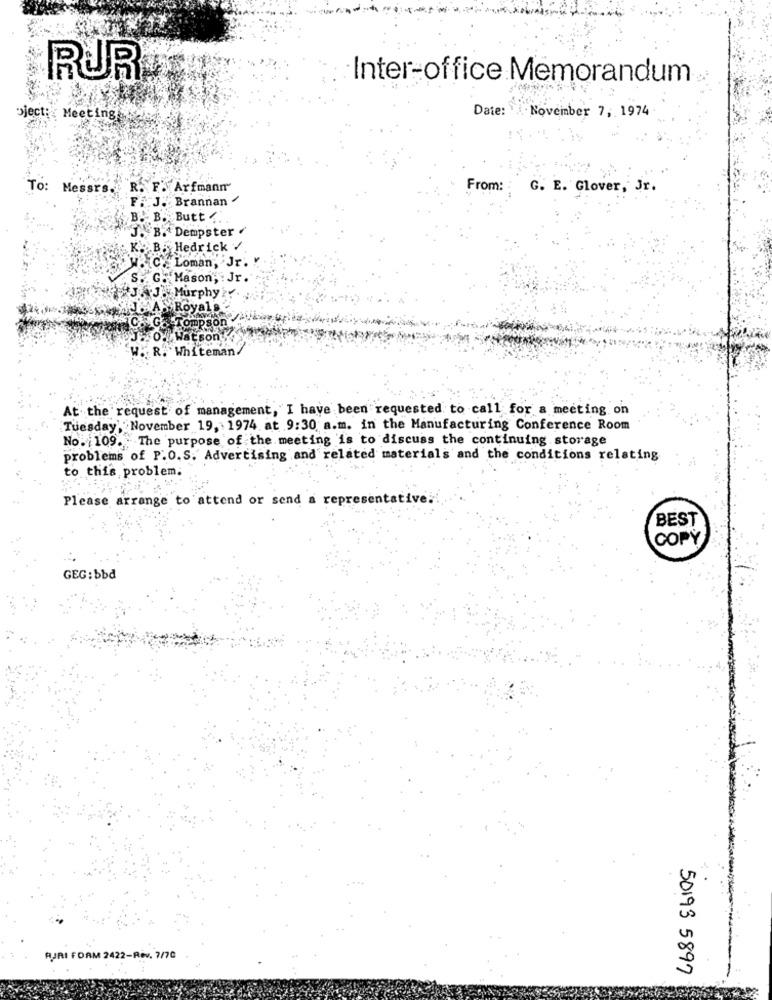
RUR
Inter-office Memorandum
Date: November 7, 1974
bject: Meeting
To: Messrs. R. F. Arfmann
From: :
G. E. Glover, Jr.
F. J. Brannan
B. B. Butt
B. Dempster
B. Hedrick /
Jr.
son, : Jr.
J . Murphy?
J.so. Watson
W. R. Whiteman/
At the request of management, I have been requested to call for a meeting on
Tuesday, November 19, 1974 at 9:30 a.m. in the Manufacturing Conference Room
No. 1109. The purpose of the meeting is to discuss the continuing storage
problems of P.O.S. Advertising and related materials and the conditions relating
to this problem.
Please arrange to attend or send a representative !!
BEST
COPY
GEG: bbd
AURI FORM 2422-Rev. 7/70
50193 5897